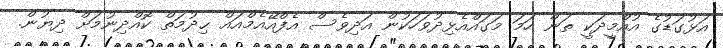
އަޅުގަޑުގެ އުއްމީދަކީ ތަން ހަމަ މަގައްއެޅިދުވަހަކުން އަދިވެސް އެފްއޭއެމްއައް ޙިދުމަތް ކޮއްދިނުމަށް ދިޔުން.